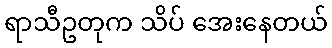
ရာသီဥတုက သိပ် အေးနေတယ်